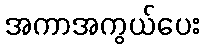
အကာအကွယ်ပေး